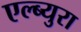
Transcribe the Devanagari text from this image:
एल्ब्युरा